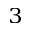
^ 3